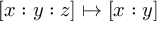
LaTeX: [ x : y : z ] \mapsto [ x : y ]